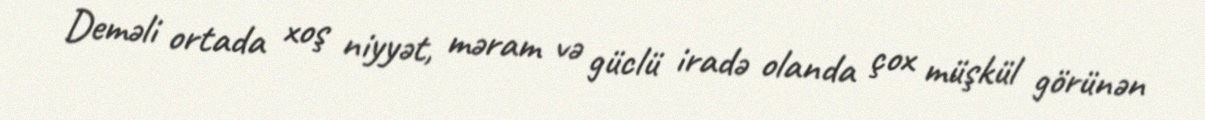
Deməli ortada xoş niyyət, məram və güclü iradə olanda çox müşkül görünən